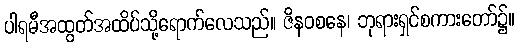
ပါရမီအထွတ်အထိပ်သို့ရောက်လေသည်။ ဇိနဝစနေ၊ ဘုရားရှင်စကားတော်၌။